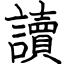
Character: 讀